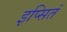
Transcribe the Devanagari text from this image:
इप्सितं